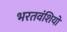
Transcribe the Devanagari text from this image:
भरतवंशियों